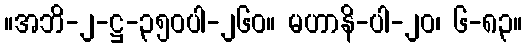
။အဘိ-၂-ဋ္ဌ-၃၅၀ပါ-၂၆၀။ မဟာနိ-ပါ-၂၀၊ ၆-၈၃။